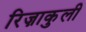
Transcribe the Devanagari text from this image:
रिज़ाकुली